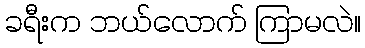
ခရီးက ဘယ်လောက် ကြာမလဲ။